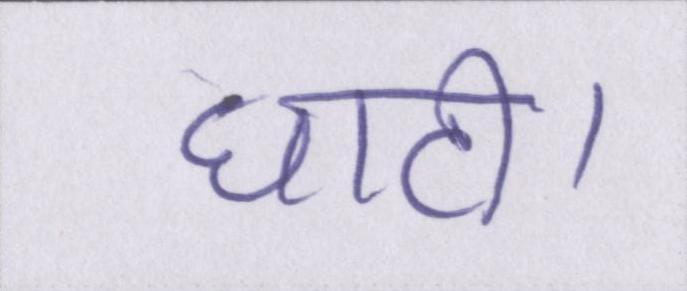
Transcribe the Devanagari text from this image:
घाटी।